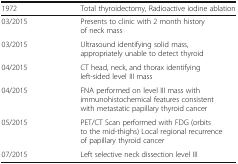
| 1972 | Total thyroidectomy, Radioactive iodine ablation |
 | --- | --- |
 | 03/2015 | Presents to clinic with 2 month history of neck mass |
 | 03/2015 | Ultrasound identifying solid mass, appropriately unable to detect thyroid |
 | 04/2015 | CT head, neck, and thorax identifying left-sided level III mass |
 | 04/2015 | FNA performed on level III mass with immunohistochemical features consistent with metastatic papillary thyroid cancer |
 | 05/2015 | PET/CT Scan performed with FDG (orbits to the mid-thighs) Local regional recurrence of papillary thyroid cancer |
 | 07/2015 | Left selective neck dissection level III |